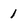
Character: 1